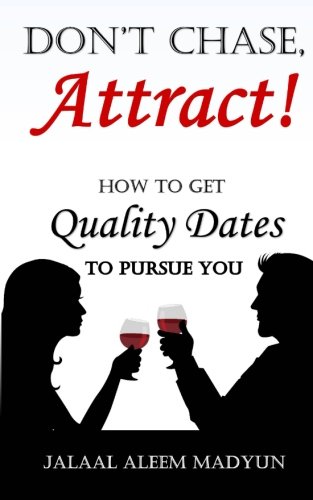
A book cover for Don't Chase, Attract!: How to Get Quality Dates to Pursue You; Mr. Jalaal Aleem Madyun; Self-Help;